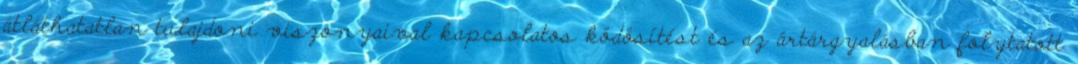
átláthatatlan tulajdoni viszonyaival kapcsolatos ködösítést és az ártárgyalásban folytatott